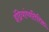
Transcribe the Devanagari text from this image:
इंद्रियांव्यतिरिक्त